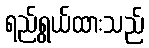
ရည်ရွယ်ထားသည်